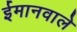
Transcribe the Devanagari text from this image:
ईमानवाले